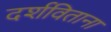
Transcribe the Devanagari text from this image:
दर्शविताना